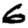
Digit: 6